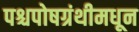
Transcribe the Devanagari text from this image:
पश्चपोषग्रंथीमधून